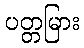
ပတ္တမြား